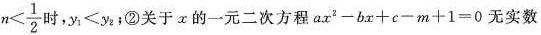
$$n< \frac{1}{2}$$ 时，$$y_{1}<y_{2}$$;②关于α的一元二次方程$$ax^{2}-bx+c-m+1=0$$无实数